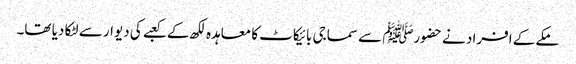
مکے کے افراد نے حضورﷺ سے سماجی بائیکاٹ کا معاہدہ لکھ کے کعبے کی دیوار سے لٹکا دیا تھا۔